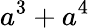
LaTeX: a^{3}+a^{4}